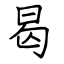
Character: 曷